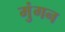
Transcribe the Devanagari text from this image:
मुंगन